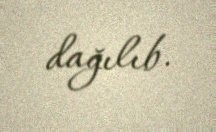
dağılıb.